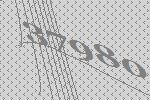
37980